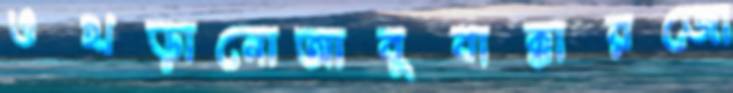
ওখড়ানোআবুবাক্কারজো